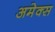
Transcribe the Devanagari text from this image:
अमेक्स